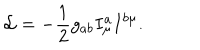
{ \cal L } = - \frac { 1 } { 2 } g _ { a b } I _ { \mu } ^ { a } I ^ { b \mu } .